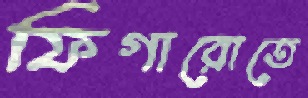
ফিগারোতে